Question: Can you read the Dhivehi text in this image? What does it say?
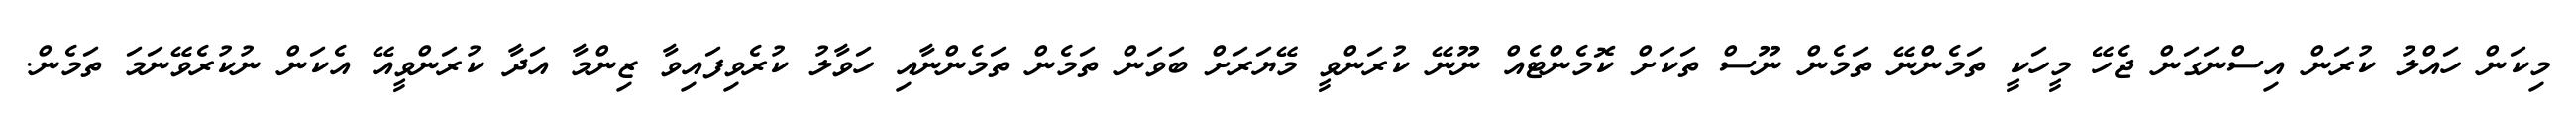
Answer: މިކަން ހައްލު ކުރަން އިސްނަގަން ޖެހޭ މީހަކީ ތަމެންނޭ ތަމެން ނޫސް ތަކަށް ކޮމެންޓެއް ނޫނޭ ކުރަންވީ މޭޔަރަށް ބަވަން ތަމެން ތަމެންނާއި ހަވާލު ކުރެވިފައިވާ ޒިންމާ އަދާ ކުރަންވީއޭ އެކަން ނުކުރެވޭނަމަ ތަމެން.